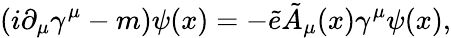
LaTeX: (i\partial_{\mu}\gamma^{\mu}-m)\psi(x)=-{\tilde{e}}{\tilde{A}}_{\mu}(x)\gamma^{\mu}\psi(x),